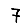
Digit: 7